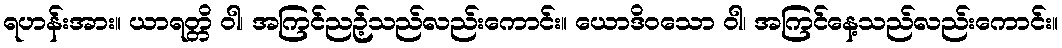
ရဟန်းအား။ ယာရတ္တိ ဝါ၊ အကြင်ညဉ့်သည်လည်းကောင်း။ ယောဒိဝသော ဝါ၊ အကြင်နေ့သည်လည်းကောင်း။